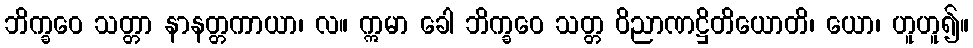
ဘိက္ခဝေ သတ္တာ နာနတ္တကာယာ၊ လ။ ဣမာ ခေါ ဘိက္ခဝေ သတ္တ ဝိညာဏဋ္ဌိတိယောတိ၊ ယော၊ ဟူဟူ၍။